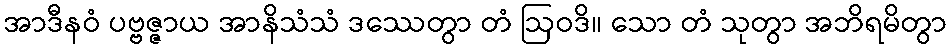
အာဒီနဝံ ပဗ္ဗဇ္ဇာယ အာနိသံသံ ဒဿေတွာ တံ ဩဝဒိ။ သော တံ သုတွာ အဘိရမိတွာ